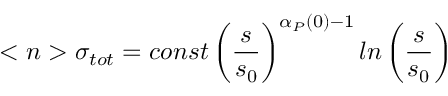
< n > \sigma _ { t o t } = c o n s t \left( { \frac { s } { s _ { 0 } } } \right) ^ { \alpha _ { P } ( 0 ) - 1 } l n \left( { \frac { s } { s _ { 0 } } } \right)